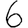
Digit: 6